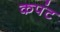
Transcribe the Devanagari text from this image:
कपंट